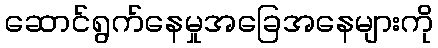
ဆောင်ရွက်နေမှုအခြေအနေများကို